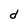
Character: d